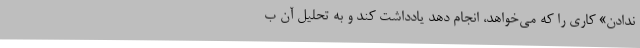
ندادن» کاری را که می‌خواهد، انجام دهد یادداشت کند و به تحلیل آن ب